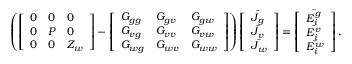
\begin{array} { r } { \left( \left[ \begin{array} { l l l } { 0 } & { 0 } & { 0 } \\ { 0 } & { P } & { 0 } \\ { 0 } & { 0 } & { Z _ { w } } \end{array} \right] - \left[ \begin{array} { l l l } { G _ { g g } } & { G _ { g v } } & { G _ { g w } } \\ { G _ { v g } } & { G _ { v v } } & { G _ { v w } } \\ { G _ { w g } } & { G _ { w v } } & { G _ { w w } } \end{array} \right] \right) \left[ \begin{array} { l } { \bar { J _ { g } } } \\ { \bar { J _ { v } } } \\ { \bar { J _ { w } } } \end{array} \right] = \left[ \begin{array} { l } { \bar { E _ { i } ^ { g } } } \\ { \bar { E _ { i } ^ { v } } } \\ { \bar { E _ { i } ^ { w } } } \end{array} \right] , } \end{array}